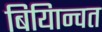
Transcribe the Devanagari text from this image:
बियािन्वत